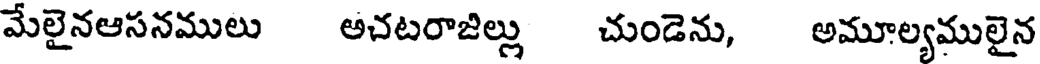
మేలైనఆసనములు అచటరాజిల్లు చుండెను, అమూల్యములైన